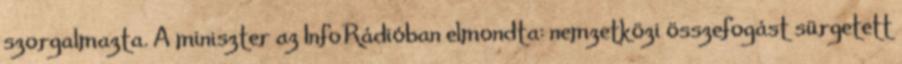
szorgalmazta. A miniszter az InfoRádióban elmondta: nemzetközi összefogást sürgetett